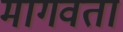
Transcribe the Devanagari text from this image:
मागवता